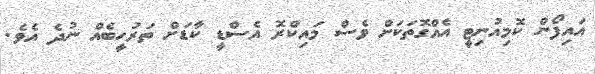
އައިފޯން ކޮމިއުނިޓީ އެއްގޮތަކަށް ވެސް މައިކްރޮ އެސްޑީ ކާޑަށް ތަރުހީބެއް ނުދެ އެވެ.